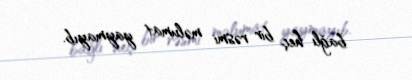
bağlı heç bir rəsmi məlumat yaymayıb.